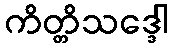
ကိတ္တိသဒ္ဒေါ